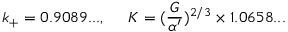
k _ { + } = 0 . 9 0 8 9 . . . , \; \; \; \; \; K = ( \frac { G } { \alpha ^ { \prime } } ) ^ { 2 / 3 } \times 1 . 0 6 5 8 . . .